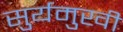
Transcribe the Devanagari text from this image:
सुर्यमुखी